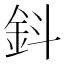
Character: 鈄